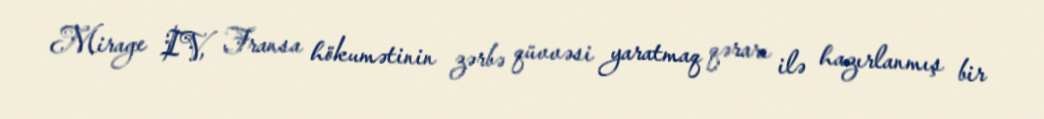
Mirage IV, Fransa hökumətinin zərbə qüvvəsi yaratmaq qərarı ilə hazırlanmış bir